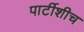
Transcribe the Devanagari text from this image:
पार्टीशीच